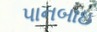
પાનબાઇ